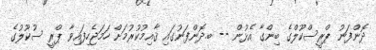
ދޮންފަނު ޕްރީސްކޫލްގެ ބިންގާ އެޅުން -- ބ.ދޮންފަނުގައި ޤާއިމުކުރުމަށް ހަމަޖެހިފައިވާ ޕްރީ ސުކޫލުގެ